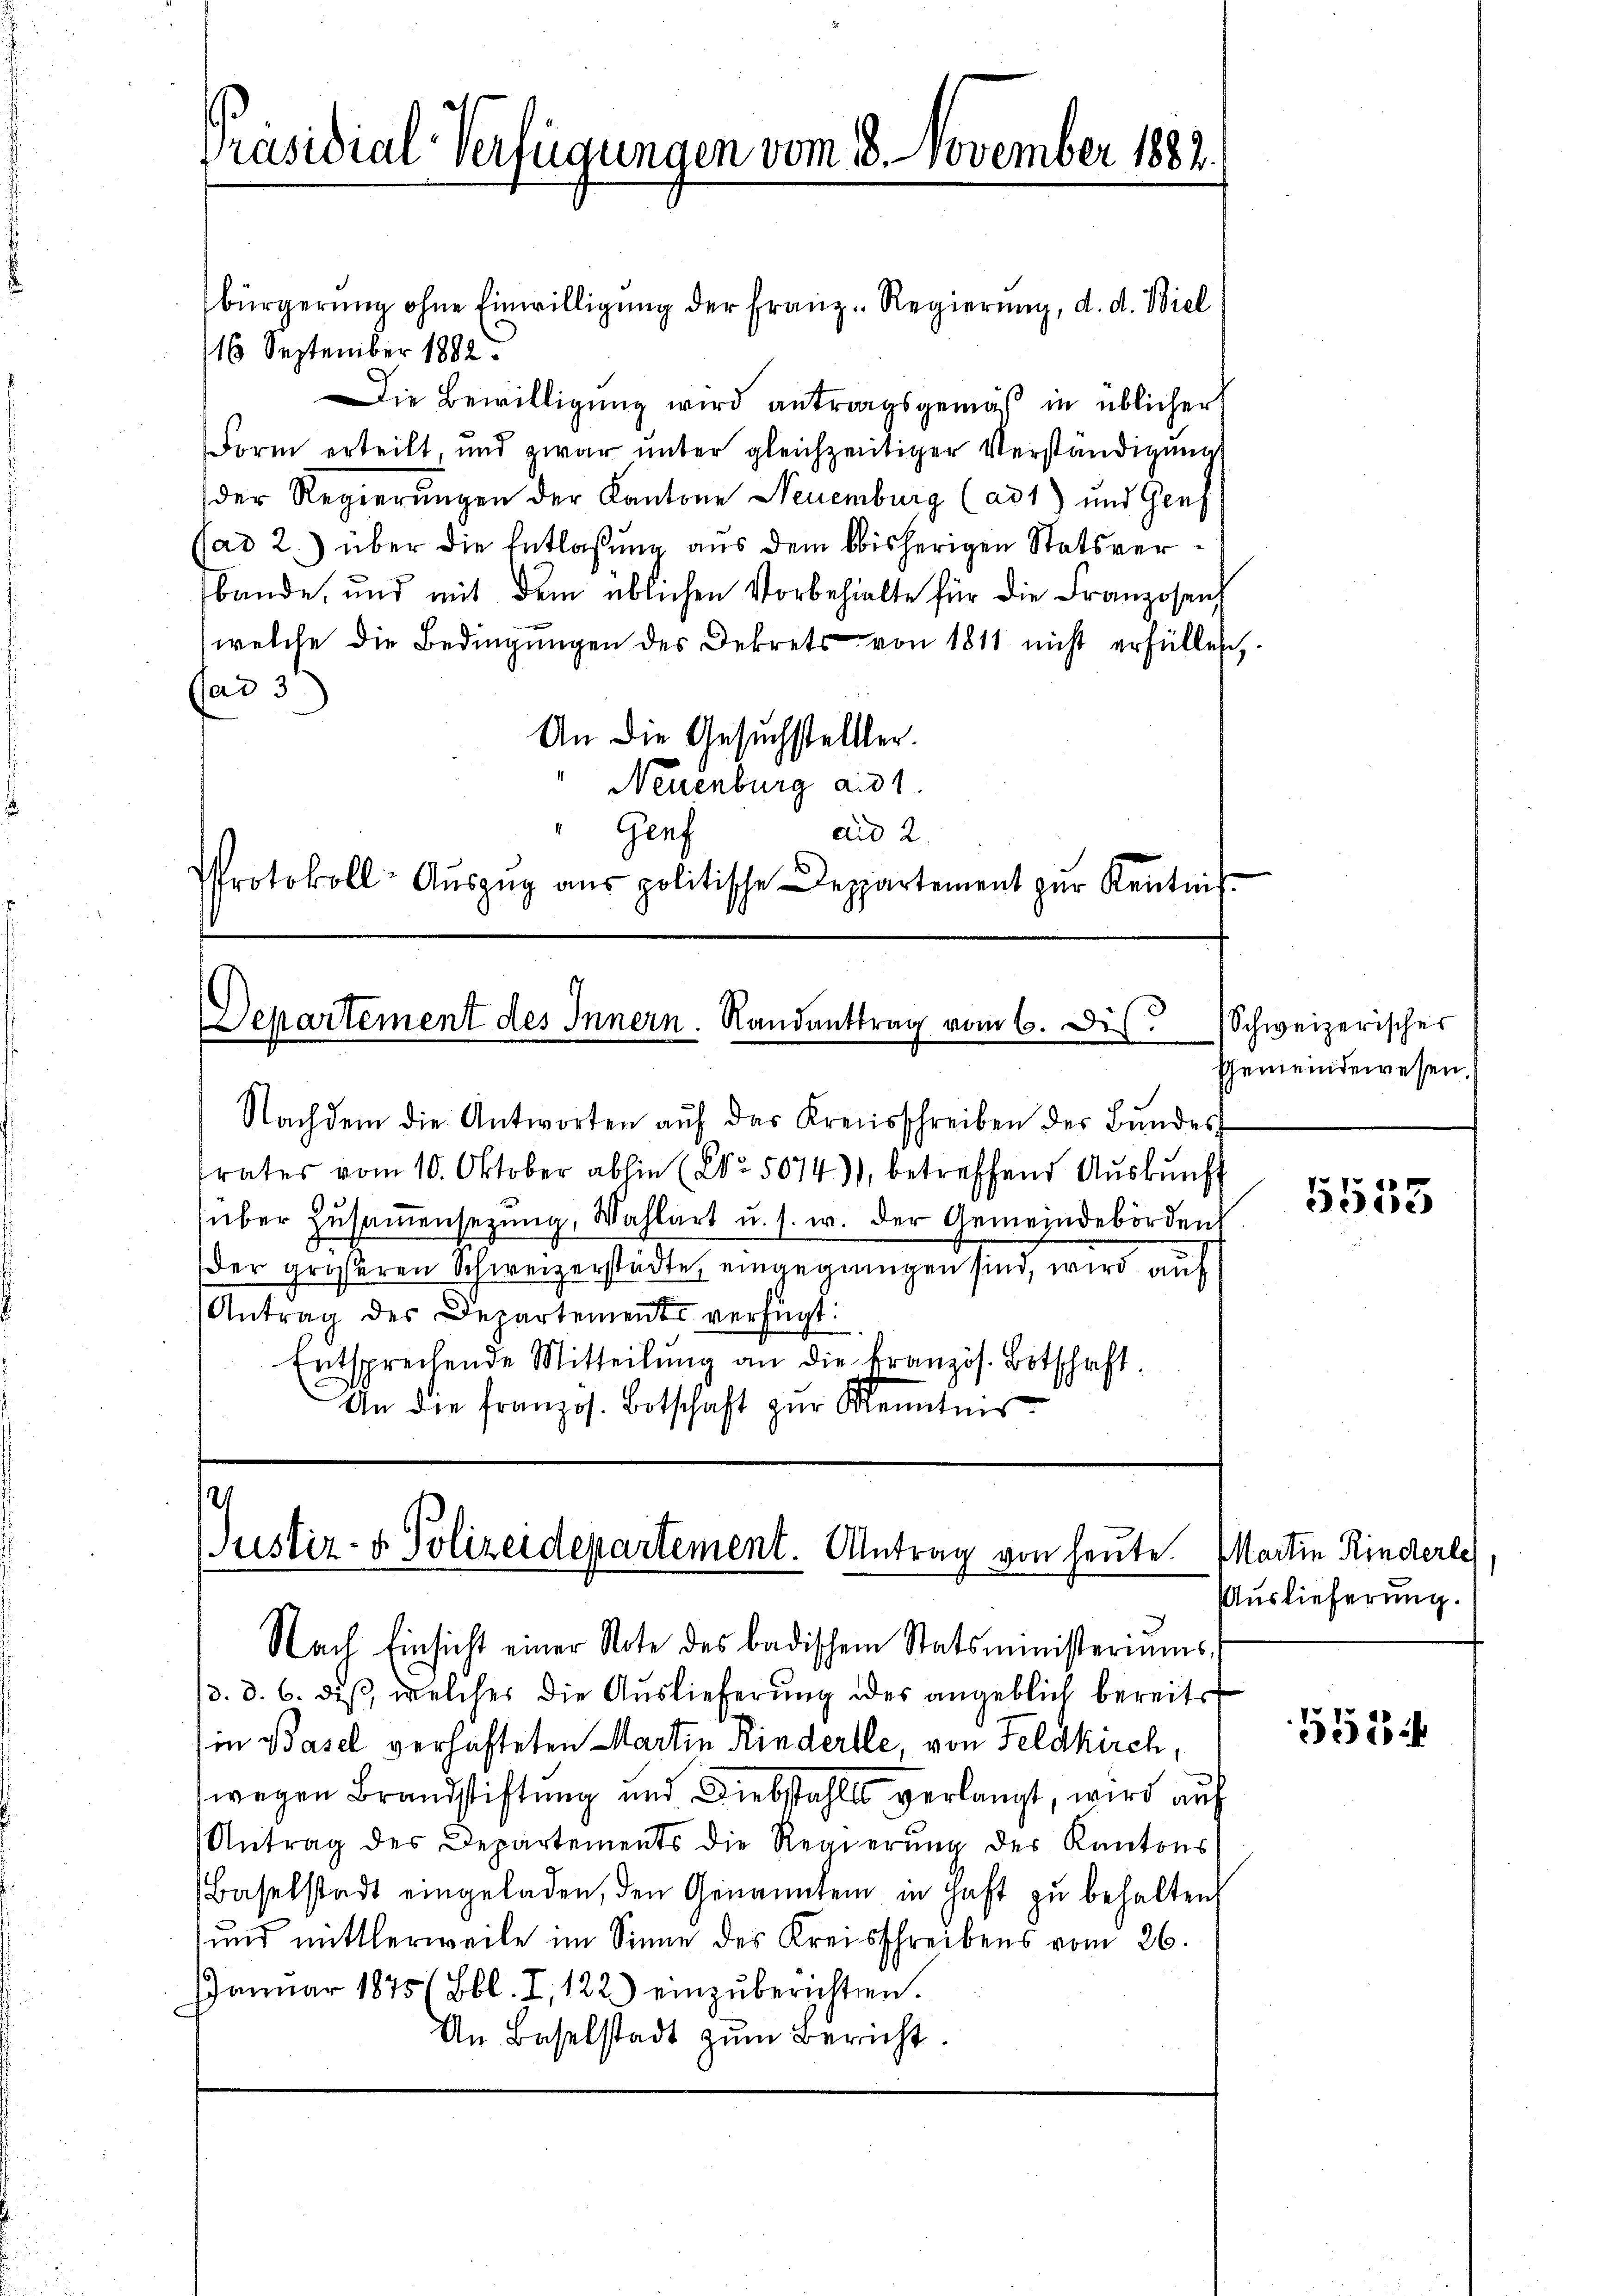
Präsidial-Verfügungen vom 18. November 1882.

bürgerung ohne Einwilligung der Franz. Regierung, d. d. Biel
16 September 1882.
Die Bewilligung wird antragsgemäß in üblicher
Form erteilt, und zwar ŭnter gleichzeitiger Verständigung
der Regierungen der Kantone Neuenburg (ad1) und Genf
Cad 2.) über die Entlaßung aus dem bisherigen Statsverbande, und mit dem üblichen Vorbehielte für die Franzosen
welche die Bedingungen des Dekrets von 1811 nicht erfüllen,
ad 3t
An die Gesuchstellter.
Neuenburg and
Genf
au 2.
Protokoll- Aŭszŭg aŭs politische Deppartement zŭr Kentnis-

Departement des Innern. Randanttrag vom 6. Dis

Nachdem die Antworten aŭf das Kreisschreiben des Bundes
rates vom 10. Oktober abhin (2o 5074), betreffend Auskunf
über Zŭsaṁensezung, Wahlart u. s. w. der Gemeindebörden
der größeren Schweizerstädte, eingegangen sind, wird auf
Antrag des Departement verfügt:
Entsprechende Mitteilŭng an die französ. Botschaft.
An die französ. Botschaft zŭr Kenntnis

2
Justiz- & Polizeidepartement. Antrag von heute
Nach Einsicht einer Note des badischem Statsministeriums-

/d. d. 6. dis, welches die Auslieferung des angeblich bereits
in Basel verhafteten Martin Kinderlle, von Feldkirch,
wegen Brandstiftung und Diebstahls verlangt, wird auf
Antrag des Departements die Regierŭng der Kantons
(Baselstadt eingeladen, den Genannten in Haft zŭ behalten
und mittlerweile im Sinne des Kreisschreibens vom 26.
Januar 1875 (Bbl. I, 122) einzŭberichten.
An Baselstadt zum Bericht.

Schweizerischer
Gemeindewesen.

5553

Martin Rindlerle
Auslieferung.

552